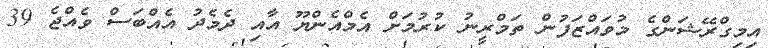
އިމިގްރޭޝަންގެ މުވައްޒަފުން ތަމްރީނު ކުރުމަށް އެމްއެންޔޫ އާއި ދެމެދު އެއްބަސް ވެއްޖެ 39